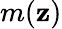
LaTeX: m(\mathbf{z})